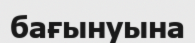
бағынуына